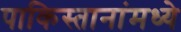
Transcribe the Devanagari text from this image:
पाकिस्तानांमध्ये